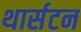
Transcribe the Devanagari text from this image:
थार्सटन